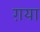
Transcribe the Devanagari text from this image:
ग़या